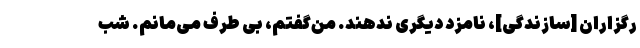
رگزاران [سازندگی]، نامزد دیگری ندهند. من‌گفتم، بی طرف می‌مانم. شب